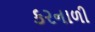
કરનાળી